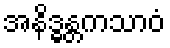
အနိဒ္ဓန္တကသာဝံ